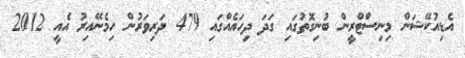
އެޑިއުކޭޝަން މިނިސްޓްރީން ބުނިގޮތުގައި ގަދަ ދިހައެއްގައި 479 ދަރިވަރުން ހިމެނޭއިރު އެއީ 2012